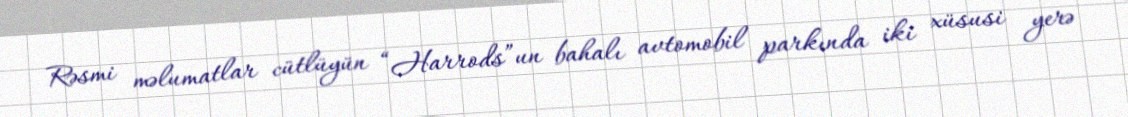
Rəsmi məlumatlar cütlüyün “Harrods”un bahalı avtomobil parkında iki xüsusi yerə